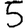
Digit: 5